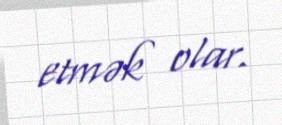
etmək olar.